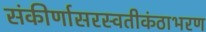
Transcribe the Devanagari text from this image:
संकीर्णासरस्वतीकंठाभरण